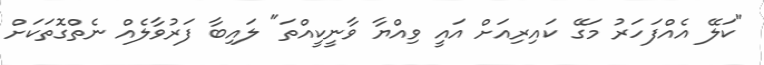
"ކަލޭ އެއްފަހަރު މަގޭ ކައިރިއަށް އައީ ވިއްޔާ ވާނީކީއްތަ" ލައިބާ ފަރުވާލެއް ނެތްގޮތަކަށް